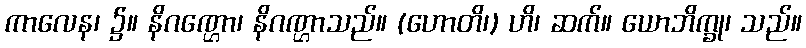
ကာလေန၊ ၌။ နိဂဏ္ဌော၊ နိဂဏ္ဌာသည်။ (ဟောတိ၊) ဟိ၊ ဆက်။ ယောဘိက္ခု၊ သည်။